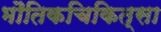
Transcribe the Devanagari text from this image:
भौतिकचिकित्सा